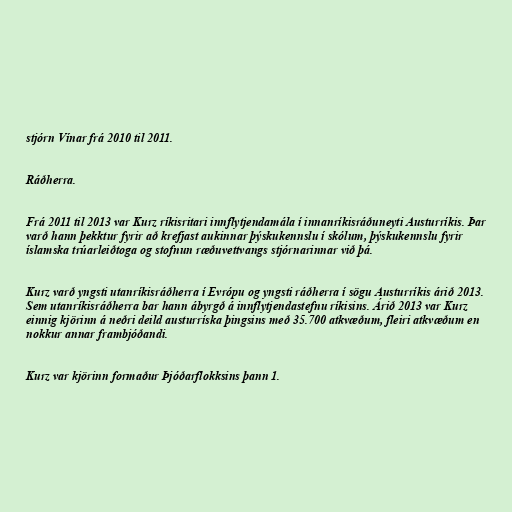
stjórn Vínar frá 2010 til 2011.

Ráðherra.

Frá 2011 til 2013 var Kurz ríkisritari innflytjendamála í innanríkisráðuneyti Austurríkis. Þar
varð hann þekktur fyrir að krefjast aukinnar þýskukennslu í skólum, þýskukennslu fyrir
íslamska trúarleiðtoga og stofnun ræðuvettvangs stjórnarinnar við þá.

Kurz varð yngsti utanríkisráðherra í Evrópu og yngsti ráðherra í sögu Austurríkis árið 2013.
Sem utanríkisráðherra bar hann ábyrgð á innflytjendastefnu ríkisins. Árið 2013 var Kurz
einnig kjörinn á neðri deild austurríska þingsins með 35.700 atkvæðum, fleiri atkvæðum en
nokkur annar frambjóðandi.

Kurz var kjörinn formaður Þjóðarflokksins þann 1.